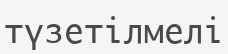
түзетілмелі